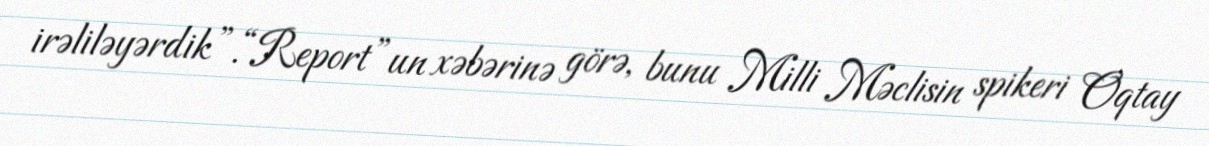
irəliləyərdik”.“Report”un xəbərinə görə, bunu Milli Məclisin spikeri Oqtay